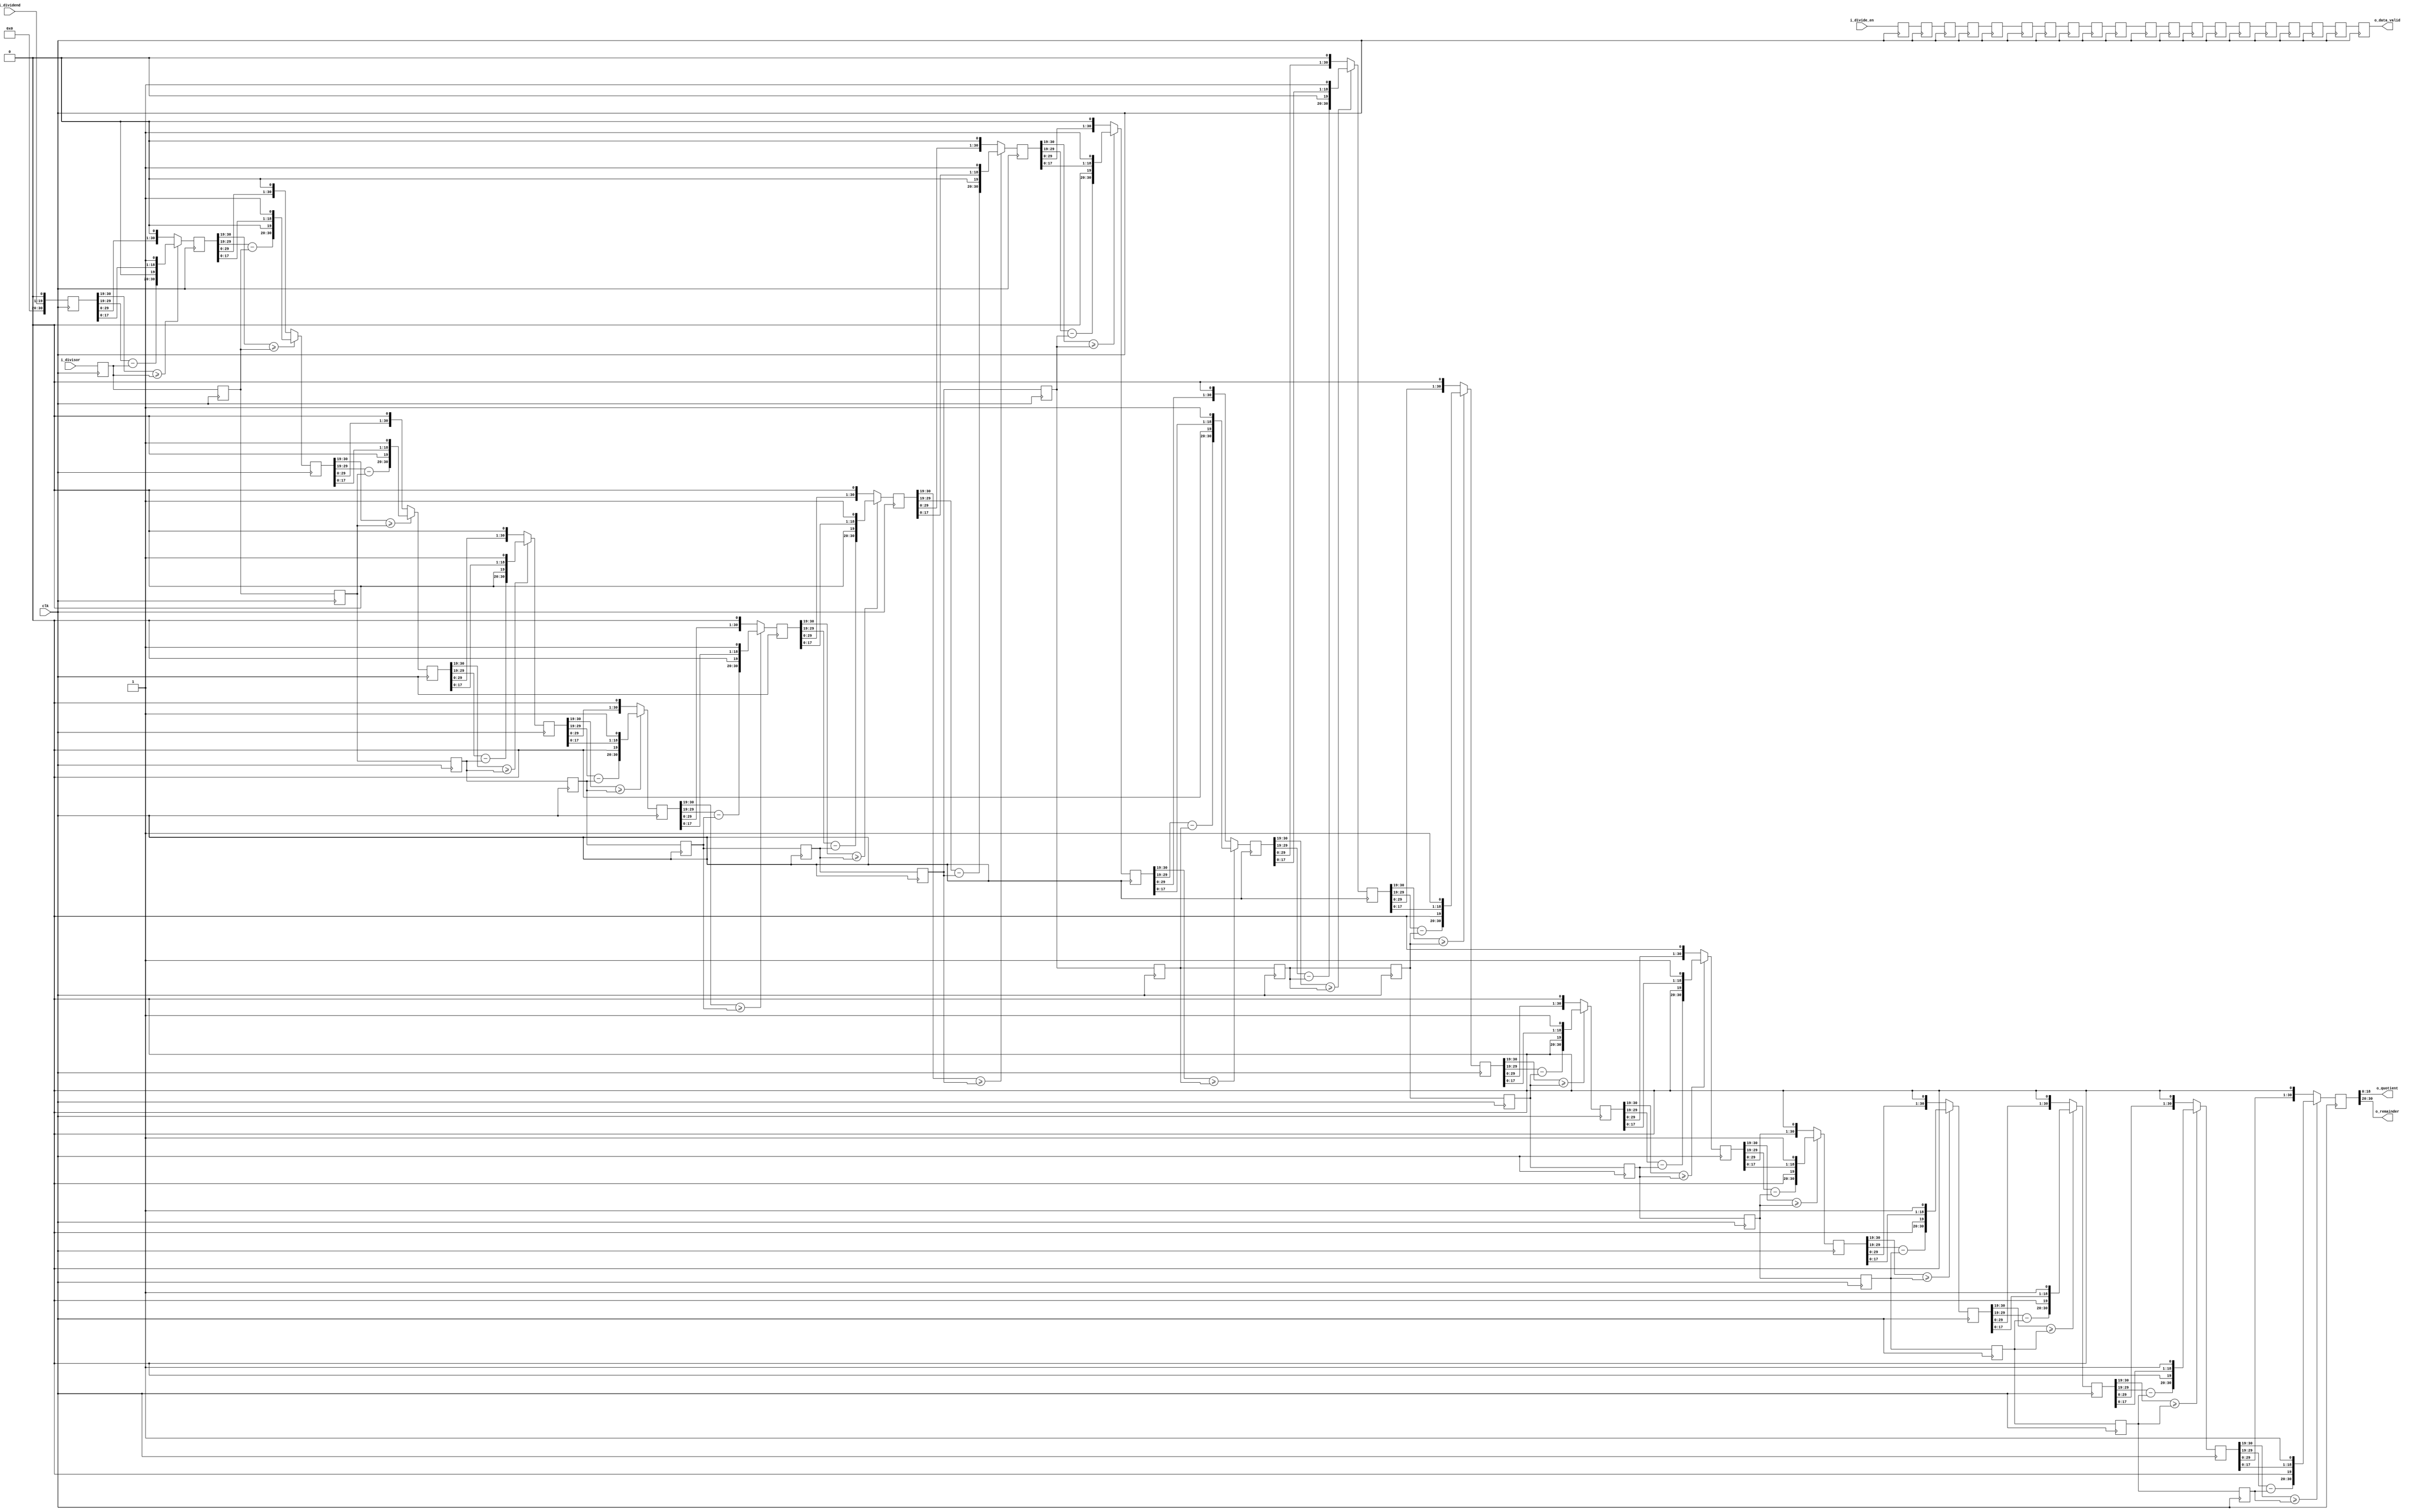
module divider #(
    parameter DIVIDEND_WIDTH    = 5'd19 , // 
    parameter DIVISOR_WIDTH     = 5'd11   // (0 < DIVISOR_WIDTH <= DIVIDEND_WIDTH)
)(
    input                                   clk         ,

    input                                   i_divide_en , // 
    input           [DIVIDEND_WIDTH-1:0]    i_dividend  , // 
    input           [DIVISOR_WIDTH-1:0]     i_divisor   , // 

    output                                  o_data_valid, // 
    output          [DIVIDEND_WIDTH-1:0]    o_quotient  , // 
    output          [DIVISOR_WIDTH-1:0]     o_remainder   // 
);
/*************************parameter**************************/


/****************************reg*****************************/
reg                                         r_divide_en [DIVIDEND_WIDTH:0];
reg     [DIVIDEND_WIDTH+DIVISOR_WIDTH:0]    r_dividend  [DIVIDEND_WIDTH:0];
reg     [DIVISOR_WIDTH-1:0]                 r_divisor   [DIVIDEND_WIDTH:0];

/****************************wire****************************/
wire    [DIVISOR_WIDTH:0]                   difference  [DIVIDEND_WIDTH-1:0]; // 
wire                                        quotient_en [DIVIDEND_WIDTH-1:0]; // 

/********************combinational logic*********************/
generate
    genvar i;
    for (i = 0; i < DIVIDEND_WIDTH; i = i + 1) begin:sub
        assign difference[i]    = r_dividend[i][DIVIDEND_WIDTH+:DIVISOR_WIDTH+1] - {1'b0, r_divisor[i]};
        assign quotient_en[i]   = r_dividend[i][DIVIDEND_WIDTH+:DIVISOR_WIDTH+1] >= {1'b0, r_divisor[i]};
    end
endgenerate

assign o_data_valid = r_divide_en[DIVIDEND_WIDTH];
assign o_quotient   = r_dividend[DIVIDEND_WIDTH][DIVIDEND_WIDTH-1:0];
assign o_remainder  = r_dividend[DIVIDEND_WIDTH][DIVIDEND_WIDTH+1+:DIVISOR_WIDTH];

/**************************process***************************/
generate
    genvar j;
    always@(posedge clk) r_divide_en[0] <= i_divide_en;
    always@(posedge clk) r_dividend[0]  <= {{DIVISOR_WIDTH{1'b0}}, i_dividend, 1'b0};
    always@(posedge clk) r_divisor[0]   <= i_divisor;
    for (j = 1; j <= DIVIDEND_WIDTH; j = j + 1) begin:sub_reg
        always@(posedge clk) r_divide_en[j] <= r_divide_en[j-1];
        always@(posedge clk) r_divisor[j]   <= r_divisor[j-1];
        always@(posedge clk) r_dividend[j]  <= quotient_en[j-1] ? {(difference[j-1] << 1), r_dividend[j-1][DIVIDEND_WIDTH-2:0], 1'b1} : (r_dividend[j-1] << 1);
    end
endgenerate

/*---------------------------------------------------*/


endmodule